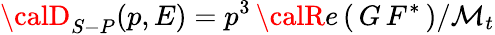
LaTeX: {\calD}_{S-P}(p,E)=p^{3}\, {\calR}e\left(\, G\, F^{*}\, \right)/\mathcal{M}_{t}